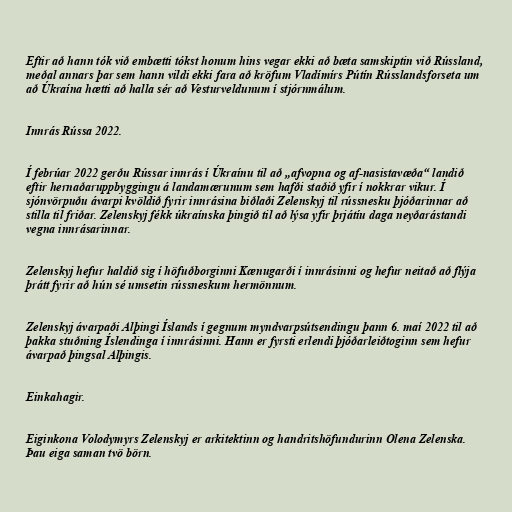
Eftir að hann tók við embætti tókst honum hins vegar ekki að bæta samskiptin við Rússland,
meðal annars þar sem hann vildi ekki fara að kröfum Vladímírs Pútín Rússlandsforseta um
að Úkraína hætti að halla sér að Vesturveldunum í stjórnmálum.

Innrás Rússa 2022.

Í febrúar 2022 gerðu Rússar innrás í Úkraínu til að „afvopna og af-nasistavæða“ landið
eftir hernaðaruppbyggingu á landamærunum sem hafði staðið yfir í nokkrar vikur. Í
sjónvörpuðu ávarpi kvöldið fyrir innrásina biðlaði Zelenskyj til rússnesku þjóðarinnar að
stilla til friðar. Zelenskyj fékk úkraínska þingið til að lýsa yfir þrjátíu daga neyðarástandi
vegna innrásarinnar.

Zelenskyj hefur haldið sig í höfuðborginni Kænugarði í innrásinni og hefur neitað að flýja
þrátt fyrir að hún sé umsetin rússneskum hermönnum.

Zelenskyj ávarpaði Alþingi Íslands í gegnum myndvarpsútsendingu þann 6. maí 2022 til að
þakka stuðning Íslendinga í innrásinni. Hann er fyrsti erlendi þjóðarleiðtoginn sem hefur
ávarpað þingsal Alþingis.

Einkahagir.

Eiginkona Volodymyrs Zelenskyj er arkitektinn og handritshöfundurinn Olena Zelenska.
Þau eiga saman tvö börn.